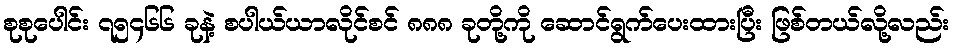
စုစုပေါင်း ၇၅၄၆၆ ခုနဲ့ စပါယ်ယာလိုင်စင် ၈၈၈ ခုတို့ကို ဆောင်ရွက်ပေးထားပြီး ဖြစ်တယ်လို့လည်း